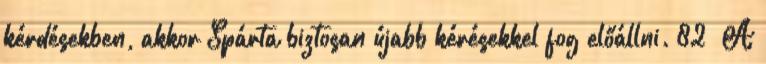
kérdésekben, akkor Spárta biztosan újabb kérésekkel fog előállni. 82 A